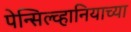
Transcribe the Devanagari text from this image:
पेन्सिल्व्हानियाच्या